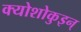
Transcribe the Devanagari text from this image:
क्योशोकुइन्